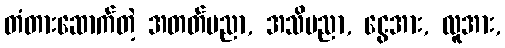
တံတားဆောက်တဲ့ အတတ်ပညာ, အသိပညာ, ငွေအား, လူအား,